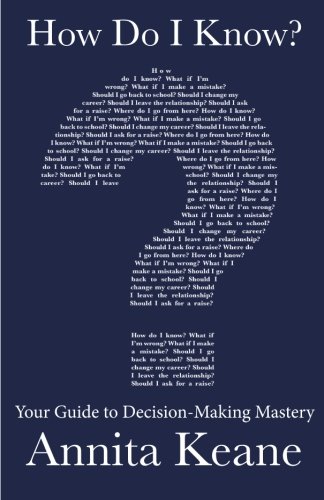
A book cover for How Do I Know?: Your Guide to Decision-Making Mastery; Annita Keane; Business & Money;